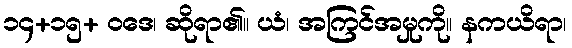
၁၄+၁၅+ ဝဒေ၊ ဆိုရာ၏။ ယံ၊ အကြင်အမှုကို။ နကယိရာ၊